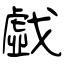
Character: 戱